Lunatic asylums Punjab 1895-1910 - 1895-1910
Year: 1895
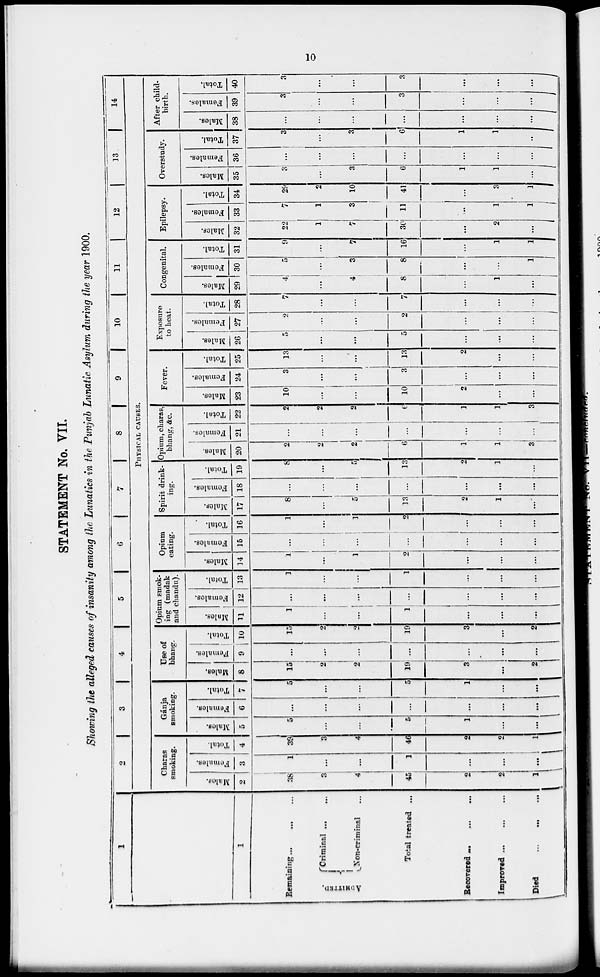
10
STATEMENT No. VII.
Showing the alleged causes of insanity among the Lunatics in the Punjab Lunatic Asylum during the year 1900.
1
1
Remaining ... ... ...
ADMITTED.
Criminal ...
Non-criminal ...
Total treated ...
Recovered
...
...
...
Improved
...
...
...
Died
...
...
...
2
3
4
5 6
7
8
9
10
11
12
13
14
PHYSICAL CAUSES.
Charas
smoking.
Males.
2
38
3
4
45
2
2
1
Females.
3
1
...
...
1
...
...
...
Total.
4
39
3
4
46
2
2
1
Gánja
smoking.
Males.
5
5
...
...
5
1
...
...
Females.
6
...
...
...
...
...
...
...
Total.
7
5
...
...
5
1
...
...
Use of
bhang.
Males.
8
15
2
2
19
3
...
2
Females.
9
...
...
...
...
...
...
...
Total.
10
15
2
2
19
3
...
2
Opium smok-
ing (madak
and chandu).
Males.
11
1
...
...
1
...
...
...
Females.
12
...
...
...
...
...
...
...
Total.
13
1
...
...
1
...
...
...
Opium
eating.
Males.
14
1
...
1
2
...
...
...
Females.
15
...
...
...
...
...
...
...
Total.
16
1
...
1
2
...
...
...
Spirit drink-
ing.
Males.
17
8
...
5
13
2
1
...
Females.
18
...
...
...
...
...
...
...
Total.
19
8
...
5
13
2
1
...
Opium, charas,
bhang, &c.
Males.
20
2
2
2
6
1
1
3
Females.
21
...
...
...
...
...
...
...
Total.
22
2
2
2
6
1
1
3
Fever.
Males.
23
10
...
...
10
2
...
...
Females.
24
3
...
...
3
...
...
...
Total.
25
13
...
...
13
2
...
...
Exposure
to heat.
Males.
26
5
...
...
5
...
...
...
Females.
27
2
...
...
2
...
...
...
Total.
28
7
...
...
7
...
...
...
Congenital.
Males.
29
4
...
4
8
...
1
...
Females.
30
5
...
3
8
...
...
1
Total.
31
9
...
7
16
...
1
1
Epilepsy.
Males.
32
22
1
7
30
...
2
...
Females.
33
7
1
3
11
...
1
1
Total.
34
29
2
10
41
...
3
1
Overstudy.
Males.
35
3
...
3
6
1
1
...
Females.
36
...
...
...
...
...
...
...
Total.
37
3
...
3
6
1
1
...
After child-
birth.
Males.
38
...
...
...
...
...
...
...
Females.
39
3
...
...
3
...
...
...
Total.
40
3
...
...
3
...
...
...